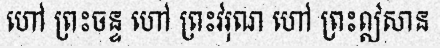
ហៅ ព្រះចន្ទ ហៅ ព្រះវរុណ ហៅ ព្រះឦសាន